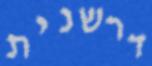
דרשנית